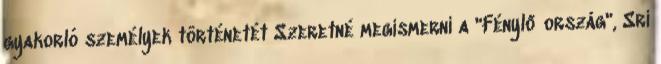
gyakorló személyek történetét Szeretné megismerni a "Fénylő ország", Srí